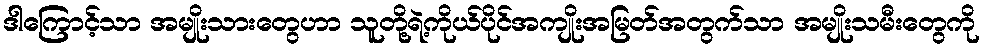
ဒါကြောင့်သာ အမျိုးသားတွေဟာ သူတို့ရဲ့ကိုယ်ပိုင်အကျိုးအမြတ်အတွက်သာ အမျိုးသမီးတွေကို